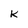
Character: K